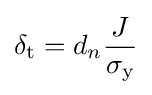
\delta _{\text{t}}=d_{n}{\frac {J}{\sigma _{\text{y}}}}